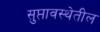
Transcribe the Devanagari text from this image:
सुप्तावस्थेतील